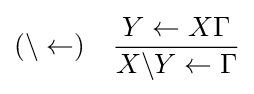
(\backslash \leftarrow )\quad {Y\leftarrow X\Gamma  \over X\backslash Y\leftarrow \Gamma }